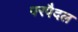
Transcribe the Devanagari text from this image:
परपैदल